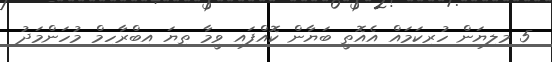
5 މިލިޔަން ހުރިކަމައް އެއޮތީ ބަޔާން ކޮއްފައި ވީމާ ތިޔަ އިބްރާހިމް މުހަންމަދު